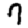
Digit: 7